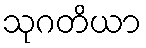
သုဂတိယာ